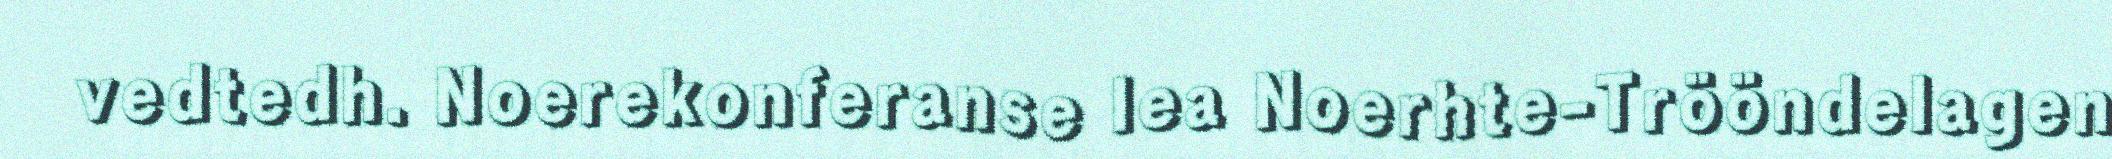
vedtedh. Noerekonferanse lea Noerhte-Trööndelagen